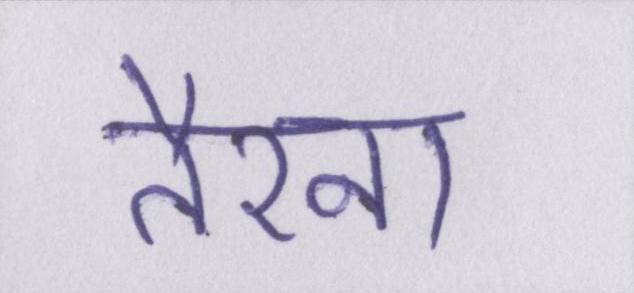
तैरना